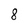
Character: 8